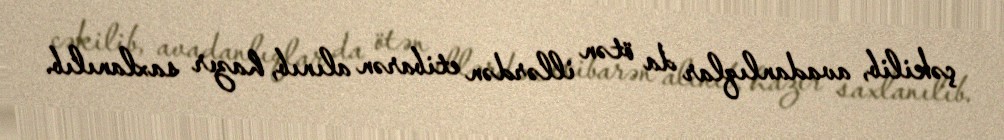
çəkilib, avadanlıqlar da ötən illərdən etibarən alınıb, hazır saxlanılıb.